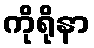
ကိုရိုနာ